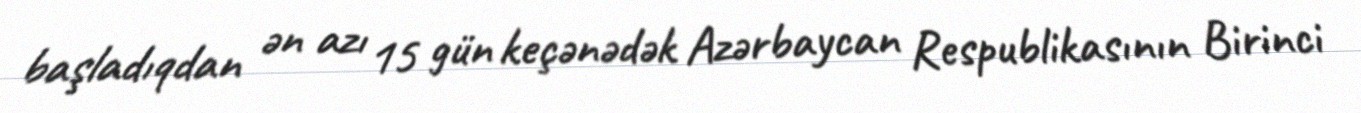
başladıqdan ən azı 15 gün keçənədək Azərbaycan Respublikasının Birinci